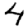
Digit: 4